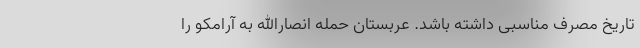
تاریخ مصرف مناسبی داشته باشد. عربستان حمله انصارالله به آرامکو را